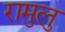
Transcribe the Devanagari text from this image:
रामुलु